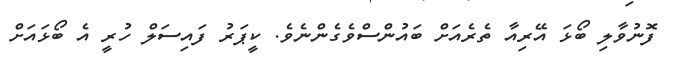
ފޮނުވާލި ބޯޅަ އޭރިއާ ތެރެއަށް ބައުންސްވެގެންނެވެ. ކީޕަރު ފައިސަލް ހުރީ އެ ބޯޅައަށް